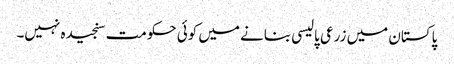
پاکستان میں زرعی پالیسی بنانے میں کوئی حکومت سنجیدہ نہیں۔